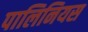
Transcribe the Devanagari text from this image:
पालिनियस